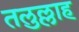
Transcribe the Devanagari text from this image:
तलुल्लाह